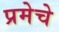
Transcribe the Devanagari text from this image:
प्रमेचे